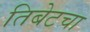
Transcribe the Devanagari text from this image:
तिबेटचा